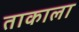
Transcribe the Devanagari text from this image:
ताकाला